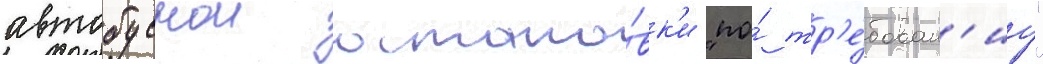
автобуснои остано́вк'и "по́ тр'е́бован'иу"